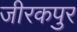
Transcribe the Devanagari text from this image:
जीरकपुर